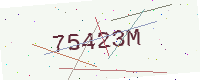
Text: 75423M